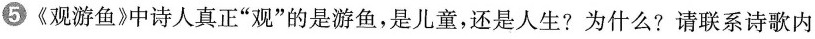
⑤《观游鱼》中诗人真正”观”的是游鱼，是儿童，还是人生?为什么?请联系诗歌内